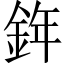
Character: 𨦧